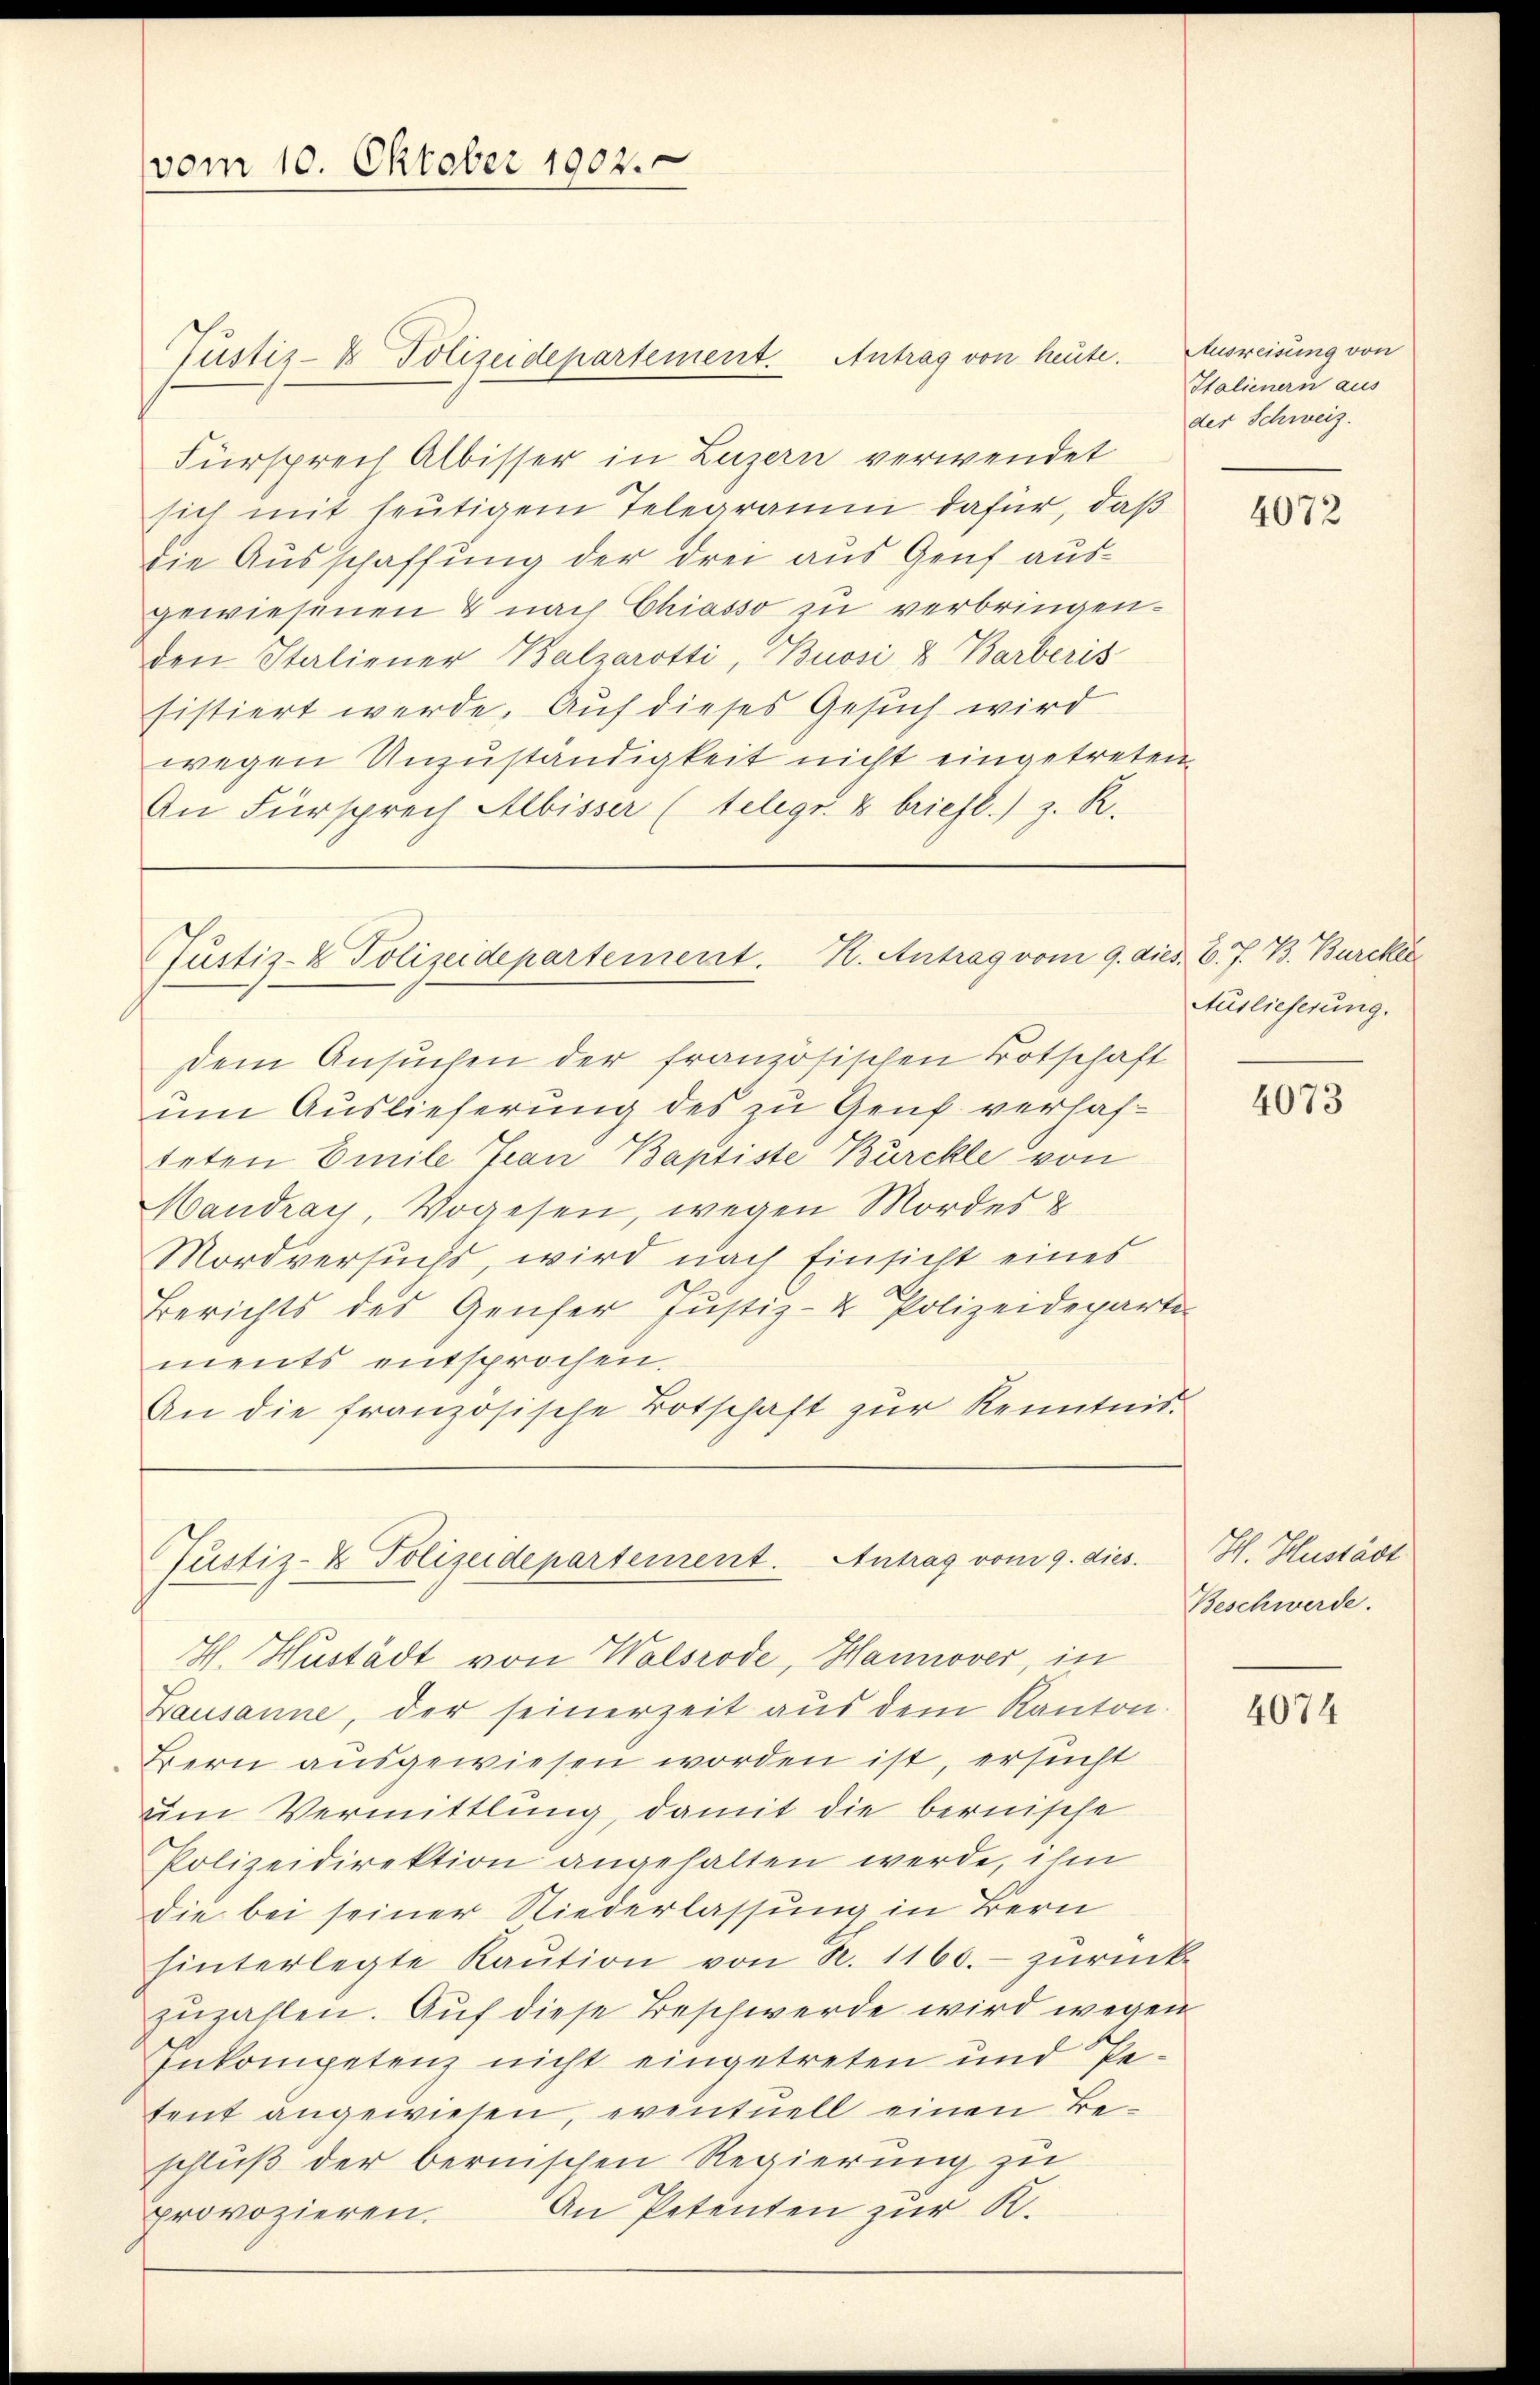
Fürsprech Albisser in Luzern verwendet
sich mit heutigem Telegramm dafür, daß
Die Ausschaffung der drei aus Genf ausgewiesenen & nach Chiasso zu verbringen.
den Italiener Balzarotti, Buosi & Barberis
sistiert werde. Auf dieses Gesuch wird
wegen Unzuständigkeit nicht eingetreten,
An Fürsprech Albisser (telegr. 2 briefl.) z. R.

vom 10. Oktober 1902.

Justiz- & Polizeidepartement. Antrag von heute.

Justiz- & Polizeidepartement. K. Antrag vom 9. d.

Justiz- & Polizeidepartement. Antrag vom 9. dies.
H. Hustädt von Walsrode, Hannover, in

Ausreisung von
Italienern aus
der Schweiz.

dem Ansuchen der französischen Botschaft
um Auslieferung des zu Genf verhafteten Emile Jean Baptiste Bürckle von
Maudray, Vogesen, wegen Mordes &
Mordversucht, wird nach Einsicht eines
Berichts des Genfer Justiz- & Polizeideparte
ments entsprochen.
An die französische Botschaft zur Kenntnis¬

ed. 6. J. B. Burcker
Auslieferung.

Lausanne, der seinerzeit aus dem Kanton.
Bern ausgewiesen worden ist, ersucht
um Vermittlung, damit die bernische
Polizeidirektion angehalten werde, ihm
die bei seiner Niederlassung in Bern
hinterlegte Kaŭtion von R. 1160.- zurück
zuzahlen. Auf diese Beschwerde wird wegen
Inkompetenz nicht eingetreten und Petent angewiesen, eventuell einen Beschluß der bernischen Regierung zu
provozieren. An Petenten zŭr R.

4072

4073

H. Hustädt
Beschwerde.

4074